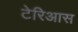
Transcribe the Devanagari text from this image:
टेरिआस